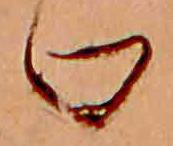
口